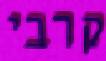
קרבי